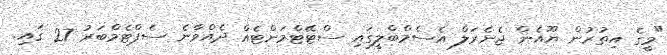
"މީގެ އިތުރުން ޔޫއެން ޖެނެރަލް އެސެމްބްލީގައި ސްޓޭޓްމަންޓެއް ދެއްވާނެ ސެޕްޓެމްބަރު 27 ގައި.